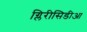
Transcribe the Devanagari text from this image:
ग्लिरीसिडीआ